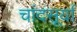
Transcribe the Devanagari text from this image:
चांदसूर्या